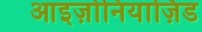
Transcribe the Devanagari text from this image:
आइज़ोनियाज़िड